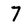
Character: 7